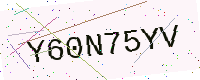
Text: Y60N75YV